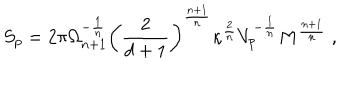
S _ { p } = 2 \pi \Omega _ { n + 1 } ^ { - \frac { 1 } { n } } \left( \frac { 2 } { d + 1 } \right) ^ { \frac { n + 1 } { n } } \kappa ^ { \frac { 2 } { n } } V _ { p } ^ { - \frac { 1 } { n } } M ^ { \frac { n + 1 } { n } } ~ ,